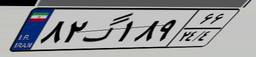
۸۲گ۱۸۹۶۶